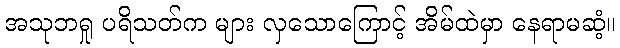
အသုဘရှု ပရိသတ်က များ လှသောကြောင့် အိမ်ထဲမှာ နေရာမဆံ့။